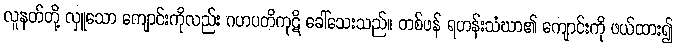
လူနတ်တို့ လှူသော ကျောင်းကိုလည်း ဂဟပတိကုဋိ ခေါ်သေးသည်။ တစ်ဖန် ရဟန်းသံဃာ၏ ကျောင်းကို ဖယ်ထား၍